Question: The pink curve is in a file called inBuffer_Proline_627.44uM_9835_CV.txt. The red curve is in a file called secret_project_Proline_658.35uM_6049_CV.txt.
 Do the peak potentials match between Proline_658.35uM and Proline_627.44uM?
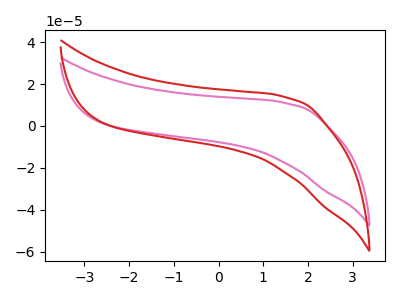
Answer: <think>The pink curve "Proline_627.44uM" has no peaks. The red curve "Proline_658.35uM" has no peaks.</think>
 <answer>Niether CV has any peaks.</answer>
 <eval>blanks</eval>